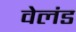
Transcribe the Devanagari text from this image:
वेलंड